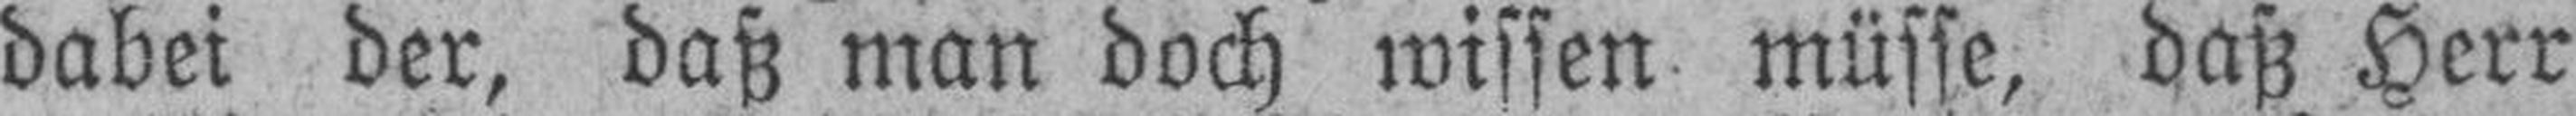
dabei der, daß man doch wissen müsse, daß Herr